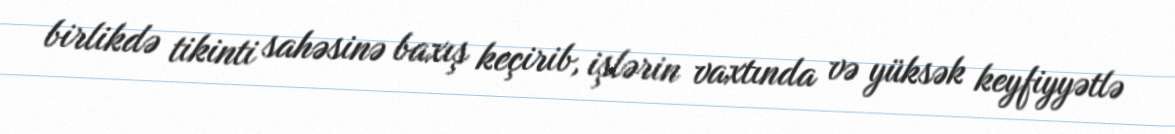
birlikdə tikinti sahəsinə baxış keçirib, işlərin vaxtında və yüksək keyfiyyətlə